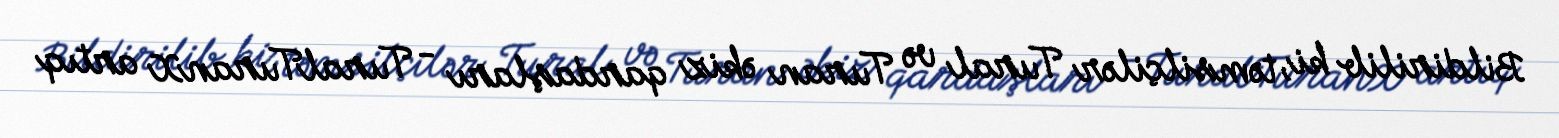
Bildirilib ki, təmsilçilər Tural və Turan əkiz qardaşları - TuralTuranX artıq